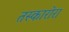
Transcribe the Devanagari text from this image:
तस्कारोरा